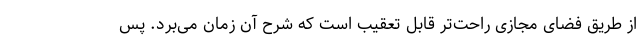
از طریق فضای مجازی راحت‌تر قابل تعقیب است که شرح آن زمان می‌برد. پس